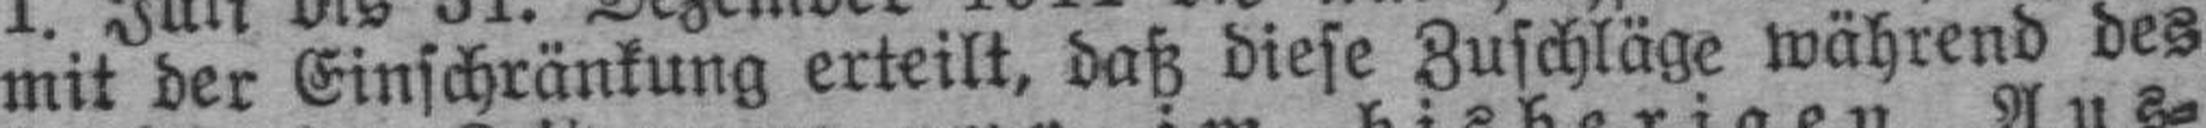
mit der Einschränkung erteilt, daß diese Zuschläge während des